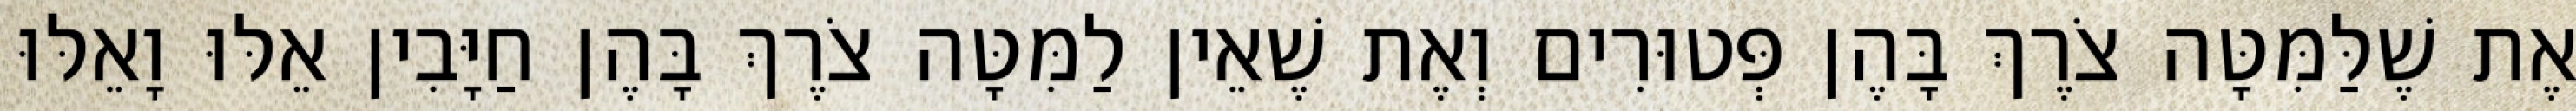
אֶת שֶׁלַּמִּטָּה צֹרֶךְ בָּהֶן פְּטוּרִים וְאֶת שֶׁאֵין לַמִּטָּה צֹרֶךְ בָּהֶן חַיָּבִין אֵלּוּ וָאֵלּוּ